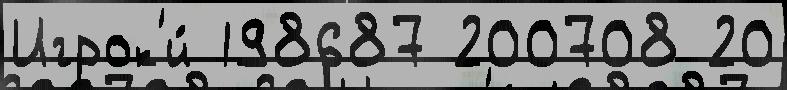
Игрок'и́ 198687 200708 20